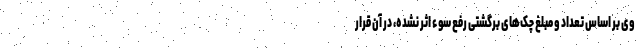
وی بر اساس تعداد و مبلغ چک‌های برگشتی رفع سوء اثر نشده، در آن قرار